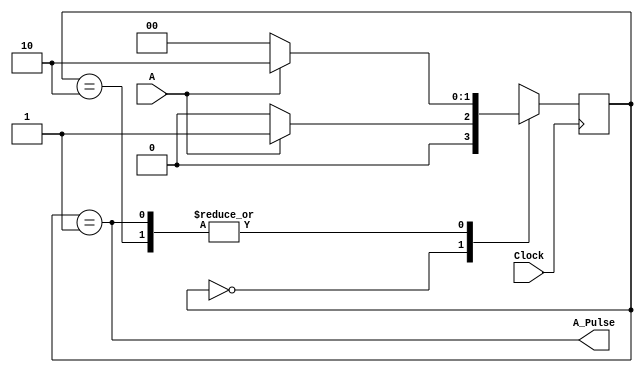
module pulseCircuit(Clock, A, A_Pulse);
input Clock, A;
output A_Pulse;
reg [2:1] y, Y;
parameter [2:1] initial_node = 2'b00, first_occur = 2'b01, nth_occur = 2'b10;
// Define the next state combinational circuit
always @(A, y)
	case (y)
		initial_node: if (A) Y = first_occur;
						  else 	Y = initial_node;
		first_occur: if (A) 	Y = nth_occur;
						 else 	Y = initial_node;
		nth_occur: if (A) 	Y = nth_occur;
					  else 		Y = initial_node;
		default: Y = 2'bxx;
endcase
// Define the sequential block
always @(posedge Clock)
	y <= Y;
// Define output
assign A_Pulse = (y == first_occur);

endmodule